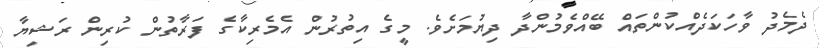
ދެމެދު ވާހަކަދެއްކުންތައް ބޭއްވެމުންދާ ދިޔުމަށެވެ. މީގެ އިތުރުން އެމެރިކާގެ ފަރާތުން ކުރިން ރަޝިޔާ